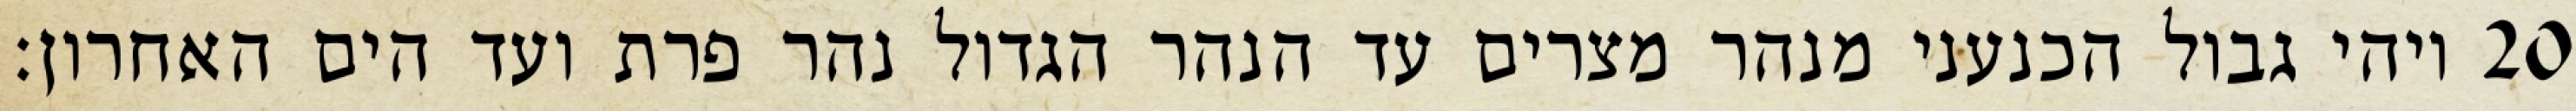
ויהי גבול הכנעני מנהר מצרים עד הנהר הגדול נהר פרת ועד הים האחרון׃ ‎20‏